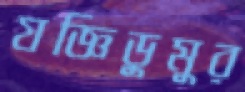
যজ্ঞিডুমুর